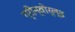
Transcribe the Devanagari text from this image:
ग्रीन्वोर्ल्ड